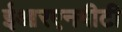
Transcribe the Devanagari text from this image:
ईआरएनयीटी